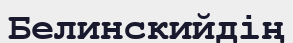
Белинскийдің